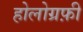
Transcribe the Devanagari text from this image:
होलोग्रफ़ी